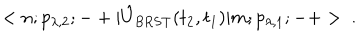
< n ; p _ { \lambda , 2 } ; - + | \hat { U } _ { \mathrm { B R S T } } ( t _ { 2 } , t _ { 1 } ) | m ; p _ { \lambda , 1 } ; - + > \ .